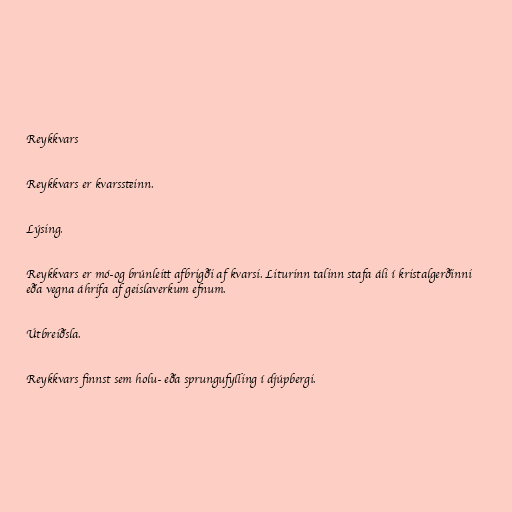
Reykkvars

Reykkvars er kvarssteinn.

Lýsing.

Reykkvars er mó-og brúnleitt afbrigði af kvarsi. Liturinn talinn stafa áli í kristalgerðinni
eða vegna áhrifa af geislaverkum efnum.

Útbreiðsla.

Reykkvars finnst sem holu- eða sprungufylling í djúpbergi.